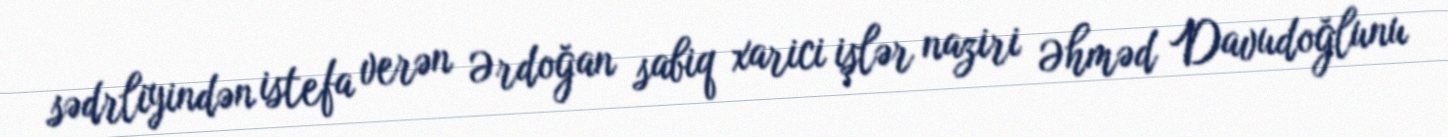
sədrliyindən istefa verən Ərdoğan sabiq xarici işlər naziri Əhməd Davudoğlunu